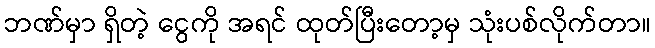
ဘဏ်မှာ ရှိတဲ့ ငွေကို အရင် ထုတ်ပြီးတော့မှ သုံးပစ်လိုက်တာ။